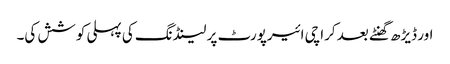
اور ڈیڑھ گھنٹے بعد کراچی ائیرپورٹ پر لینڈنگ کی پہلی کوشش کی۔